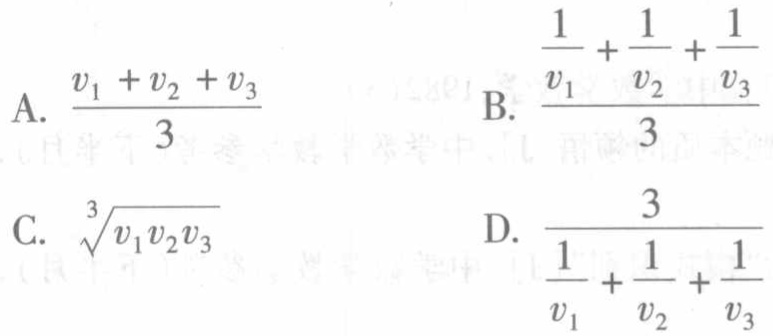
A. $\frac{v_{1}+v_{2}+v_{3}}{3}$
B. $\frac{\frac{1}{v_{1}}+\frac{1}{v_{2}}+\frac{1}{v_{3}}}{3}$
C. $\sqrt[3]{v_{1}v_{2}v_{3}}$
D. $\frac{3}{\frac{1}{v_{1}}+\frac{1}{v_{2}}+\frac{1}{v_{3}}}$